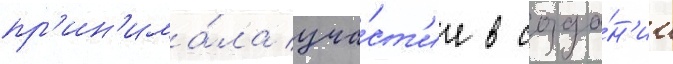
пр'ин'има́ла уча́ст'ие в созда́н'ии